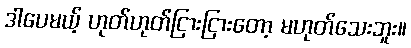
ဒါပေမယ့် ဟုတ်ဟုတ်ငြားငြားတော့ မဟုတ်သေးဘူး။